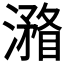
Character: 𣿧